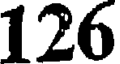
126